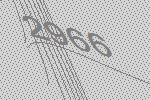
2966